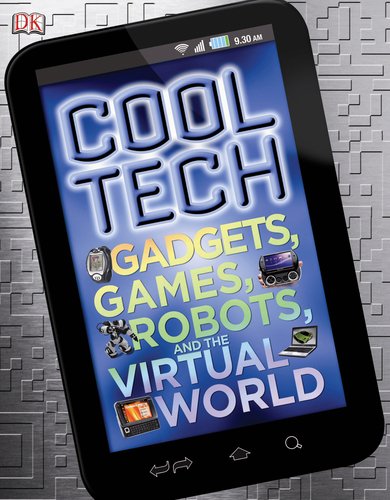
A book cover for Cool Tech; DK Publishing; Children's Books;